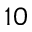
1 0